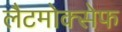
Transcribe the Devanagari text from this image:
लैटमोक्सेफ